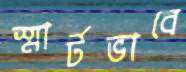
স্মার্টভাবে